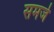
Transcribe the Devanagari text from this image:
समजे